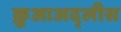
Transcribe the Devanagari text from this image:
क़ुआअद्लीस